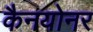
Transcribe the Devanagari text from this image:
कैनयोनर